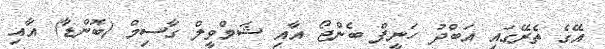
އޭގެ ތެރޭގައި އަބްދު ހަނީފް ބެންޖޯ އާއި ޝަމްވީލް ގާސިމް (ބޮންޑާ) އާއި